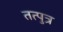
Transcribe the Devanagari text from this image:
तत्पुत्र